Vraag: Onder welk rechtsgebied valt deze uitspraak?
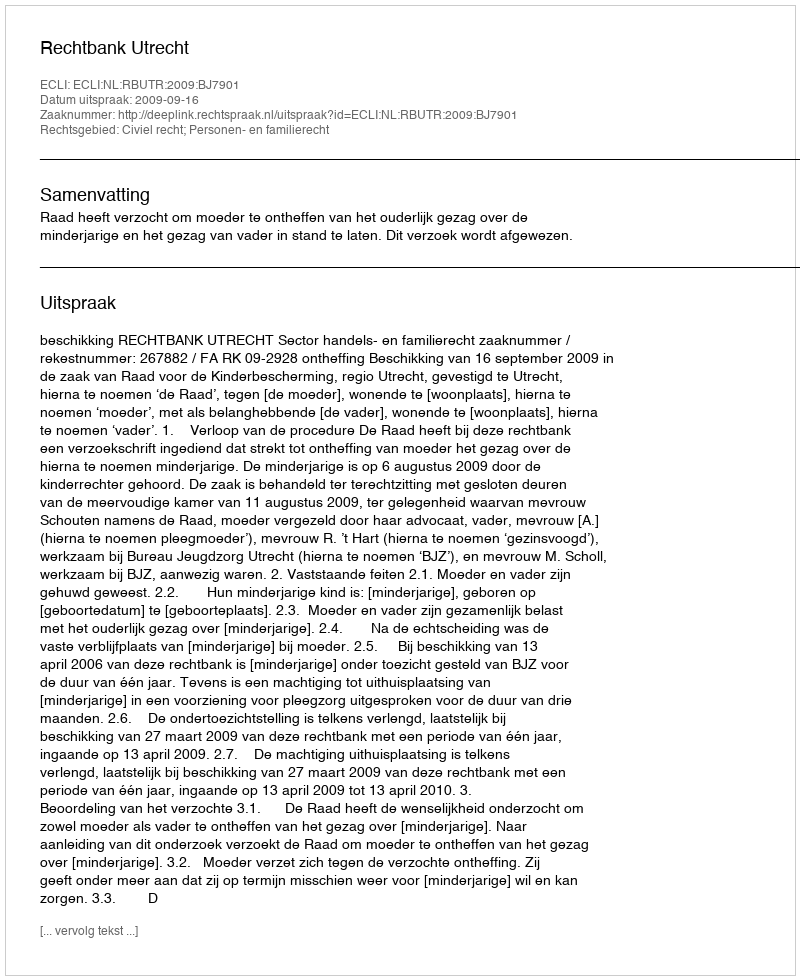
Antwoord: Civiel recht; Personen- en familierecht